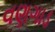
વણગાડ